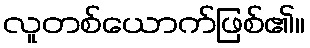
လူတစ်ယောက်ဖြစ်၏။